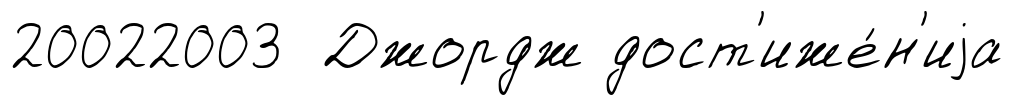
20022003 Джордж дост'иже́н'иjа